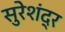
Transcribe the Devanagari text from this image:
सुरेशंद्र